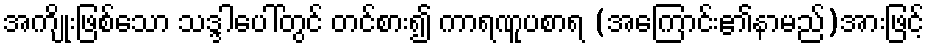
အကျိုးဖြစ်သော သဒ္ဒါပေါ်တွင် တင်စား၍ ကာရဏူပစာရ (အကြောင်း၏နာမည်)အားဖြင့်